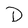
Character: D